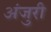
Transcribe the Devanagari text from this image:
अंजुरी